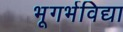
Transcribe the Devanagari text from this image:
भूगर्भविद्या